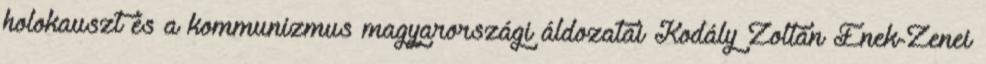
holokauszt és a kommunizmus magyarországi áldozatai Kodály Zoltán Ének-Zenei